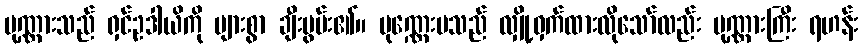
ပုဏ္ဏားသည် ရှင်ဥဒါယိကို များစွာ ချီးမွမ်း၏။ ပုဏ္ဏေးမသည် လျှို့ဝှက်ထားလိုသော်လည်း ပုဏ္ဏားကြီး ရဟန်း